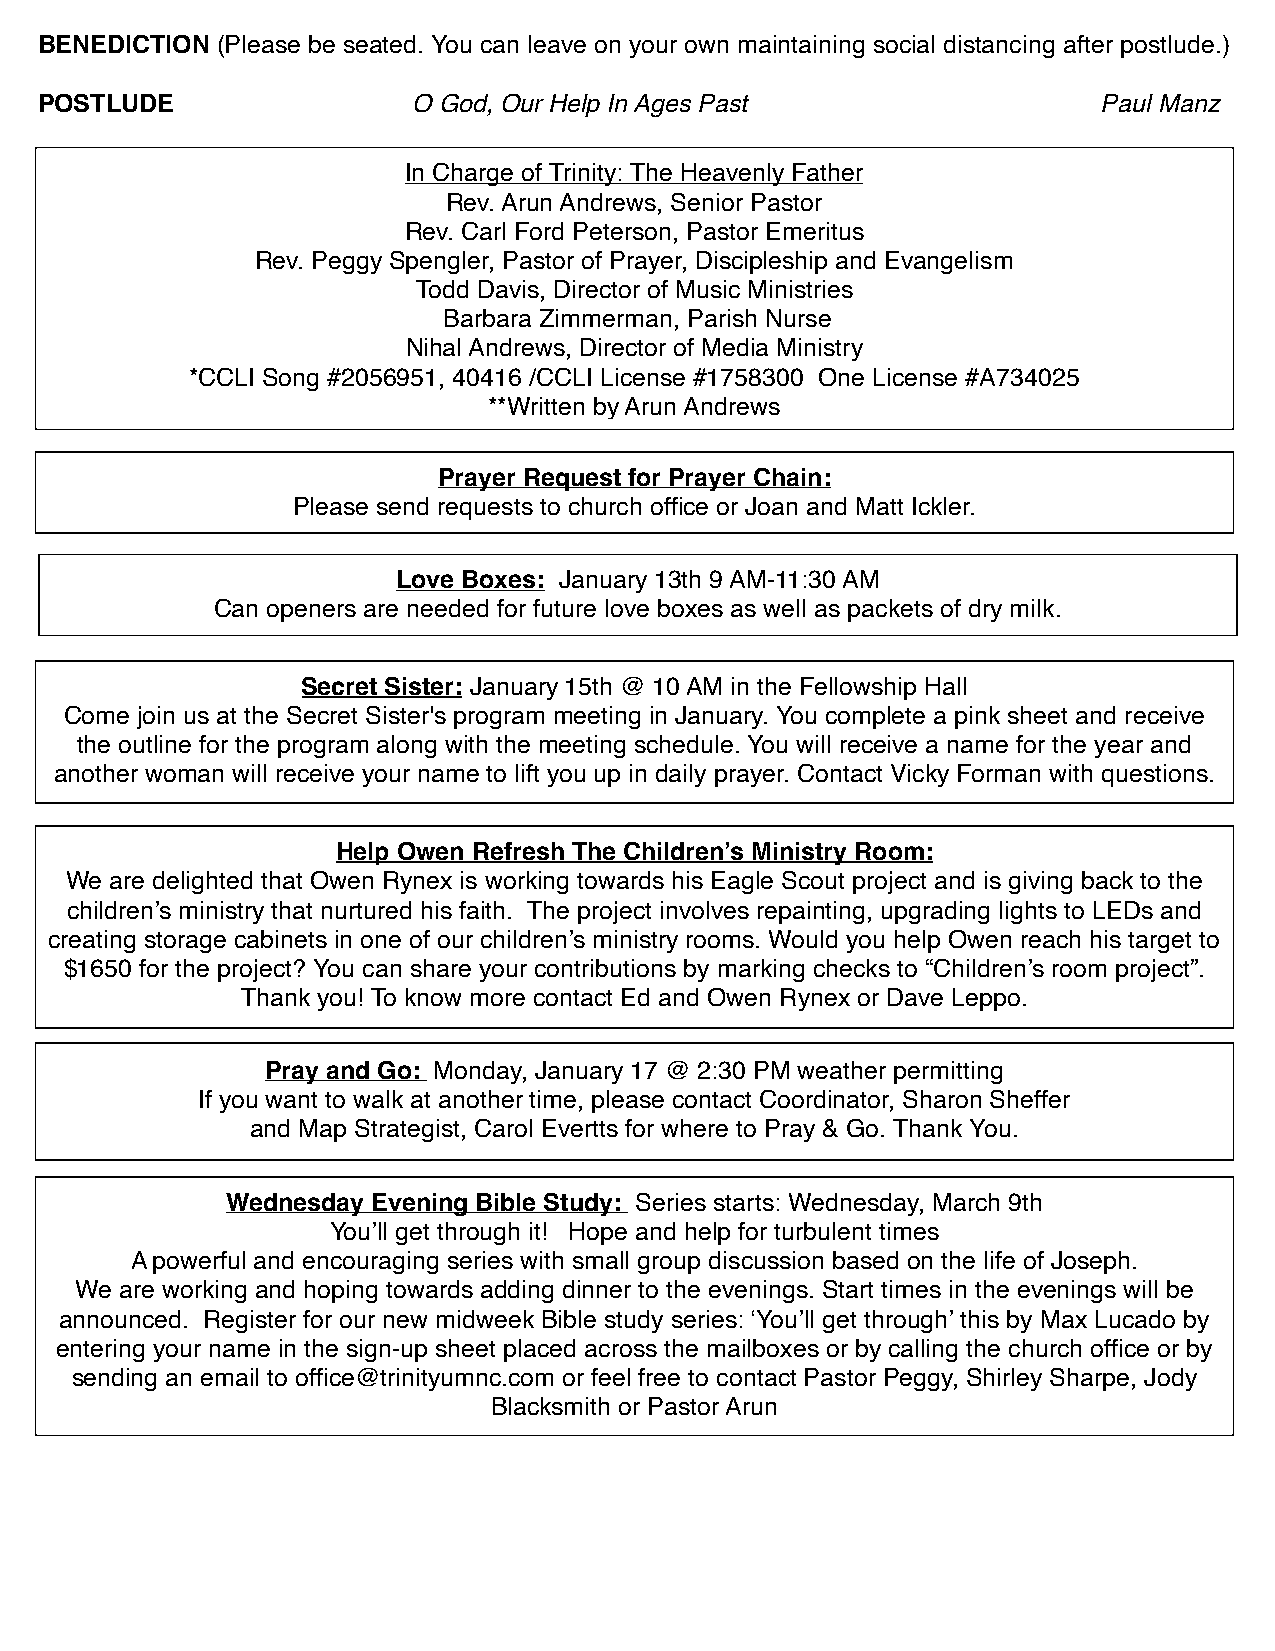
BENEDICTION (Please be seated. You can leave on your own maintaining social distancing after postlude.)
 POSTLUDE                 O God, Our Help In Ages Past                  Paul Manz
 In Charge of Trinity: The Heavenly Father
 Rev. Arun Andrews, Senior Pastor
 Rev. Carl Ford Peterson, Pastor Emeritus
 Rev. Peggy Spengler, Pastor of Prayer, Discipleship and Evangelism
 Todd Davis, Director of Music Ministries
 Barbara Zimmerman, Parish Nurse
 Nihal Andrews, Director of Media Ministry
 *CCLI Song #2056951, 40416 /CCLI License #1758300 One License #A734025
 **Written by Arun Andrews
 Prayer Request for Prayer Chain:
 Please send requests to church office or Joan and Matt Ickler.
 Love Boxes: January 13th 9 AM-11:30 AM
 Can openers are needed for future love boxes as well as packets of dry milk.
 Secret Sister: January 15th @ 10 AM in the Fellowship Hall
 Come join us at the Secret Sister's program meeting in January. You complete a pink sheet and receive
 the outline for the program along with the meeting schedule. You will receive a name for the year and
 another woman will receive your name to lift you up in daily prayer. Contact Vicky Forman with questions.
 Help Owen Refresh The Children’s Ministry Room:
 We are delighted that Owen Rynex is working towards his Eagle Scout project and is giving back to the
 children’s ministry that nurtured his faith. The project involves repainting, upgrading lights to LEDs and
 creating storage cabinets in one of our children’s ministry rooms. Would you help Owen reach his target to
 $1650 for the project? You can share your contributions by marking checks to “Children’s room project”.
 Thank you! To know more contact Ed and Owen Rynex or Dave Leppo.
 Pray and Go: Monday, January 17 @ 2:30 PM weather permitting
 If you want to walk at another time, please contact Coordinator, Sharon Sheffer
 and Map Strategist, Carol Evertts for where to Pray & Go. Thank You.
 Wednesday Evening Bible Study: Series starts: Wednesday, March 9th
 You’ll get through it! Hope and help for turbulent times
 A powerful and encouraging series with small group discussion based on the life of Joseph.
 We are working and hoping towards adding dinner to the evenings. Start times in the evenings will be
 announced. Register for our new midweek Bible study series: ‘You’ll get through’ this by Max Lucado by
 entering your name in the sign-up sheet placed across the mailboxes or by calling the church office or by
 sending an email to office@trinityumnc.com or feel free to contact Pastor Peggy, Shirley Sharpe, Jody
 Blacksmith or Pastor Arun